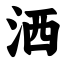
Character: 洒